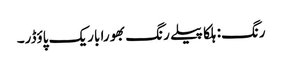
رنگ: ہلکا پیلے رنگ بھورا باریک پاؤڈر۔